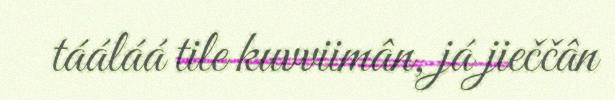
tááláá tile kuvviimân, já jieččân